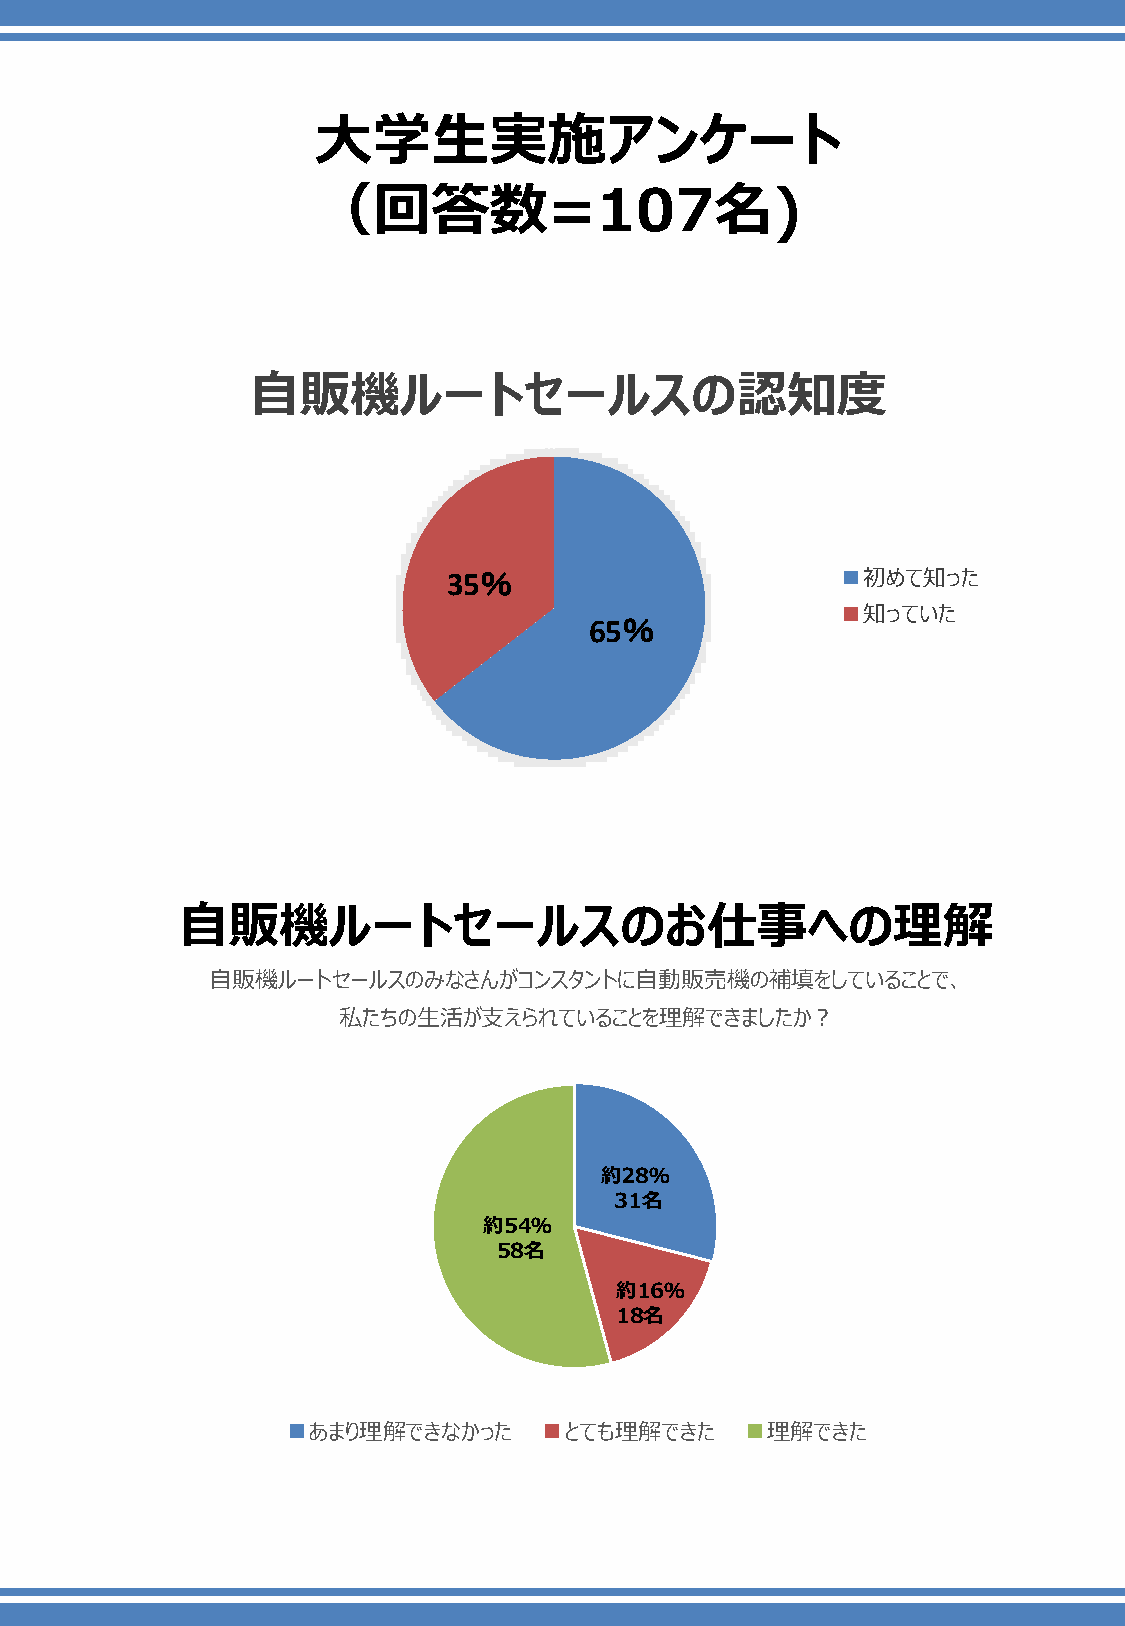
大学生実施アンケート
 （回答数=107名)
 自販機ルートセールスの認知度
 35％                        初めて知った
 知っていた
 65％
 自販機ルートセールスのお仕事への理解
 自販機ルートセールスのみなさんがコンスタントに自動販売機の補填をしていることで、
 私たちの生活が支えられていることを理解できましたか？
 約28％
 31名
 約54％
 58名
 約16％
 18名
 あまり理解できなかった      とても理解できた      理解できた